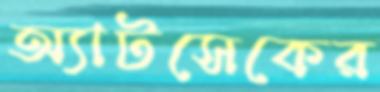
অ্যাটসেকের